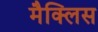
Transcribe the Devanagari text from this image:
मैक्लिस